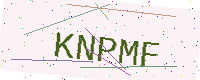
Text: KNPMF